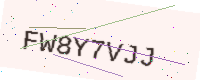
Text: FW8Y7VJJ